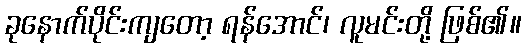
ခုနောက်ပိုင်းကျတော့ ရန်အောင်၊ လူမင်းတို့ ဖြစ်၏။